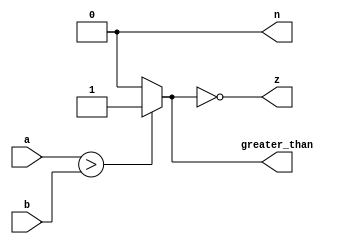
// rel_greater_than design
module rel_greater_than (input[31:0] a,b,output reg greater_than,n,z);
 always @(a,b)
   begin
    greater_than=(a>b)?1:0;
    n=0;
    z=!greater_than;
    
   end
endmodule
 //test bench
module rel_greater_than_test;
reg[31:0] a,b;
wire greater_than,n,z;
rel_greater_than myrel_greater_than(a,b,greater_than,n,z);
initial
 begin
  $monitor(" a                                 b                               | greater_than  n  z \n **************************************************************************************************************************");
  #10 a= 32'b00001 ;  b =32'b00010;                                                     // 2 positive number where a<b
  $monitor(" %b %b | %d            %d    %d",a,b,greater_than,n,z);                            
  #10 a= 32'b00001; b = 32'b00001;                                                      // 2 positive number where a=b 
  $monitor(" %b %b | %d            %d    %d",a,b,greater_than,n,z);                                   
  #10 a= 32'b00010; b = 32'b00001;                                                     // 2 positive number where a>b
  $monitor(" %b %b | %d            %d    %d",a,b,greater_than,n,z);
  #10 a= -32'b00001; b = 32'b00001;                                                     // positive and negative number each where a<b
  $monitor(" %b %b | %d            %d    %d",a,b,greater_than,n,z);
  #10 a= 32'b00001; b = -32'b00001;                                                     //  positive and negative number each where a>b
  $monitor(" %b %b | %d            %d    %d",a,b,greater_than,n,z);
 end
endmodule